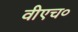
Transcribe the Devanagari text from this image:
वीएच०